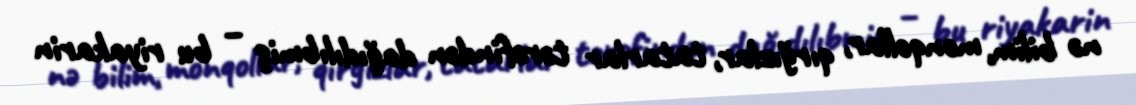
nə bilim, monqollar, qırğızlar, tatarlar tərəfindən dağıdılıbmiş – bu riyakarin